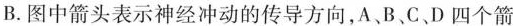
B.图中箭头表示神经冲动的传导方向，A、B、C D四个箭